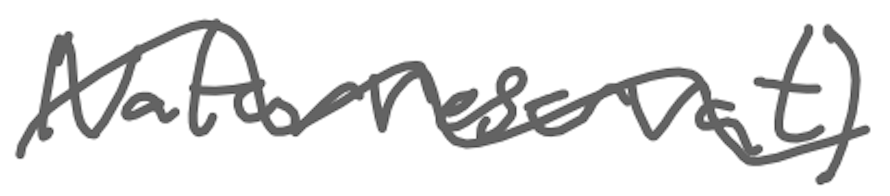
Text: naturreservat)
Cross-out: wave
Writing tool: digital_gray